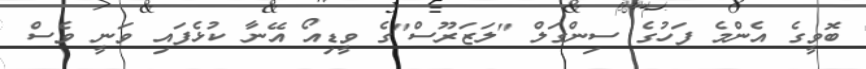
ބޮވީގެ އެންމެ ފަހުގެ ސިންގަލް "ލަޒަރޫސް"ގެ ވީޑިއޯ އޭނާ ކުޅެފައި ވަނީ ވެސް